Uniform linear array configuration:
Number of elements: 12
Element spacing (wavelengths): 0.75
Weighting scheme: blackman
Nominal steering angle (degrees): -30
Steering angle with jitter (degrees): -29.749
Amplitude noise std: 0.05
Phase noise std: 0.05

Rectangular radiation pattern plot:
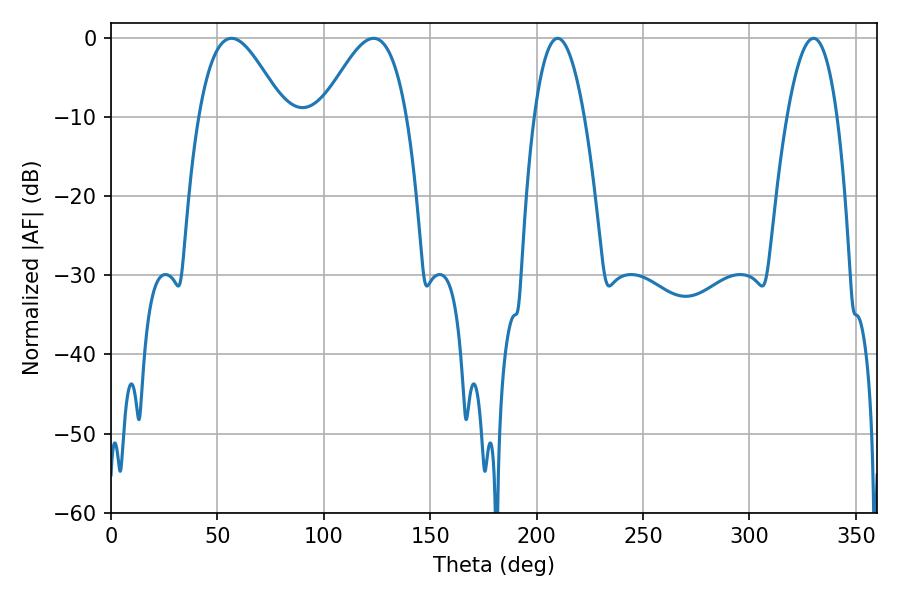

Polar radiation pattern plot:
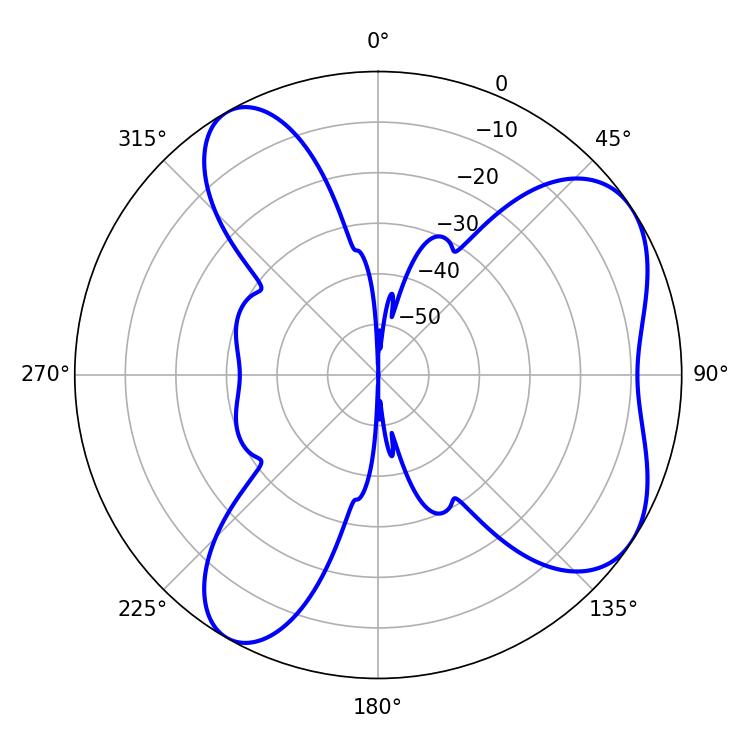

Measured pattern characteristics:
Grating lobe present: TRUE
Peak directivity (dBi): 6.155
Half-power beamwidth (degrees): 12.96
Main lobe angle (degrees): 209.88